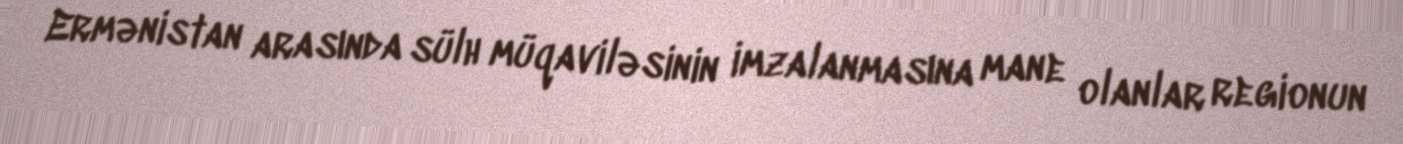
Ermənistan arasında sülh müqaviləsinin imzalanmasına mane olanlar regionun